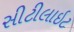
સીટીલાઇટ